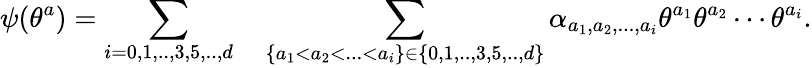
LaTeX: \psi(\theta^{a})=\sum_{i=0,1,..,3,5,..,d}\quad\sum_{\{ a_{1}<a_{2}<...<a_{i}\} \in\{ 0,1,..,3,5,..,d\} }\alpha_{a_{1},a_{2},...,a_{i}}\theta^{a_{1}}\theta^{a_{2}}\cdots\theta^{a_{i}}.